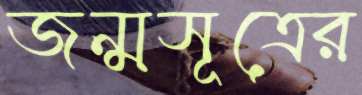
জন্মসূত্রের